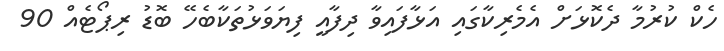
ހެކް ކުރުމާ ދެކޮޅަށް އެމެރިކާގައި އަޅާފައިވާ ދިފާއީ ފިޔަވަޅުތަކާބެހޭ ބޮޑު ރިޕޯޓެއް 90